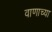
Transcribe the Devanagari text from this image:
वाणाच्या